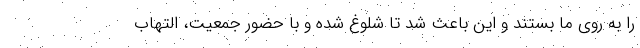
را به روی ما بستند و این باعث شد تا شلوغ شده و با حضور جمعیت، التهاب